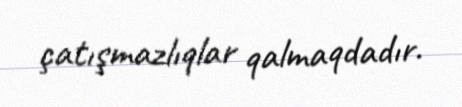
çatışmazlıqlar qalmaqdadır.